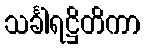
သင်္ခါရဋ္ဌိတိကာ